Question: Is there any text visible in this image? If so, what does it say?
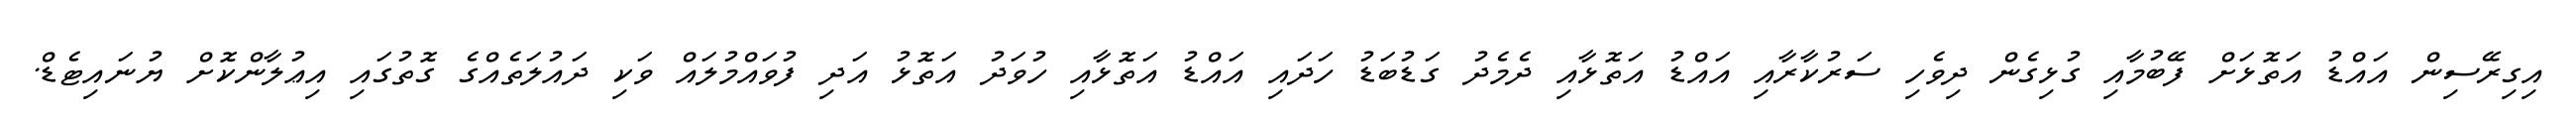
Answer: އިގިރޭސިން އައްޑު އަތޮޅަށް ފޭބުމާއި ގުޅިގެން ދިވެހި ސަރުކާރާއި އައްޑު އަތޮޅާއި ދެމެދު ގަޑުބަޑު ހަދައި އައްޑު އަތޮޅާއި ހުވަދު އަތޮޅު އަދި ފުވައްމުލައް ވަކި ދައުލަތެއްގެ ގޮތުގައި އިޢުލާންކޮށް ޔުނައިޓެޑް.